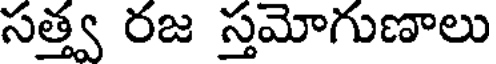
సత్త్వ రజ స్తమోగుణాలు